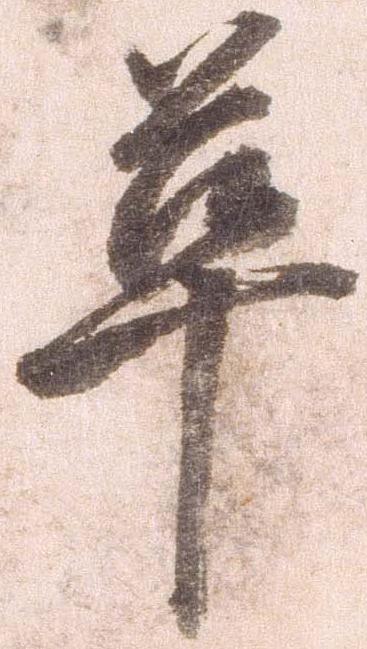
革